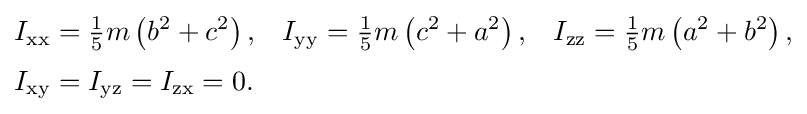
{\begin{aligned}I_{\mathrm {xx} }&={\tfrac {1}{5}}m\left(b^{2}+c^{2}\right),&I_{\mathrm {yy} }&={\tfrac {1}{5}}m\left(c^{2}+a^{2}\right),&I_{\mathrm {zz} }&={\tfrac {1}{5}}m\left(a^{2}+b^{2}\right),\\[3pt]I_{\mathrm {xy} }&=I_{\mathrm {yz} }=I_{\mathrm {zx} }=0.\end{aligned}}